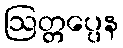
ဩတ္တပ္ပေန